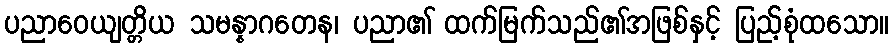
ပညာဝေယျတ္တိယ သမန္နာဂတေန၊ ပညာ၏ ထက်မြက်သည်၏အဖြစ်နှင့် ပြည့်စုံထသော။